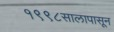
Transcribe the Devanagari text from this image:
१९९८सालापासून